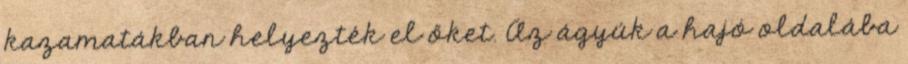
kazamatákban helyezték el őket. Az ágyúk a hajó oldalába